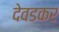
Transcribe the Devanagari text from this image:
देवडकर